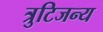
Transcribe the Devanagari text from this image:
त्रुटिजन्य